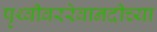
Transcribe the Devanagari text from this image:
पृथ्वीवररेवानदीच्या